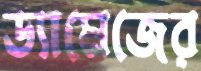
ড্যামেজের